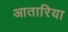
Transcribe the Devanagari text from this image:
आतारिया